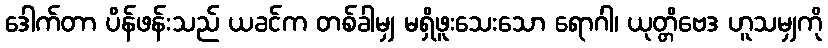
ဒေါက်တာ ပိန်ဖန်းသည် ယခင်က တစ်ခါမျှ မရှိဖူးသေးသော ရောဂါ၊ ယုတ္တိဗေဒ ဟူသမျှကို